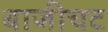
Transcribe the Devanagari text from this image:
बाजीचट